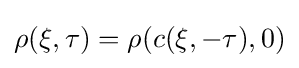
\rho (\xi ,\tau )=\rho (c(\xi ,-\tau ),0)